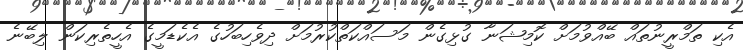
އެކި ތަމްރީނުތައް ބޭއްވުމަށް ކޮމިޝަނާ ގުޅިގެން މަސައްކަތްކުރުމަށް ދިވެހިބަހުގެ އެކެޑަމީގެ އެހީތެރިކަން ލިބޭނެ